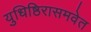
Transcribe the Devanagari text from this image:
युधिष्ठिरासमवेत